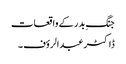
جنگِ بدر کے واقعات
ڈاکٹر عبدالرؤف ۔